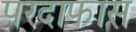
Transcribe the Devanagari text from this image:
परदाफास